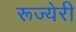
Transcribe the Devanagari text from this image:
रूज्येरी